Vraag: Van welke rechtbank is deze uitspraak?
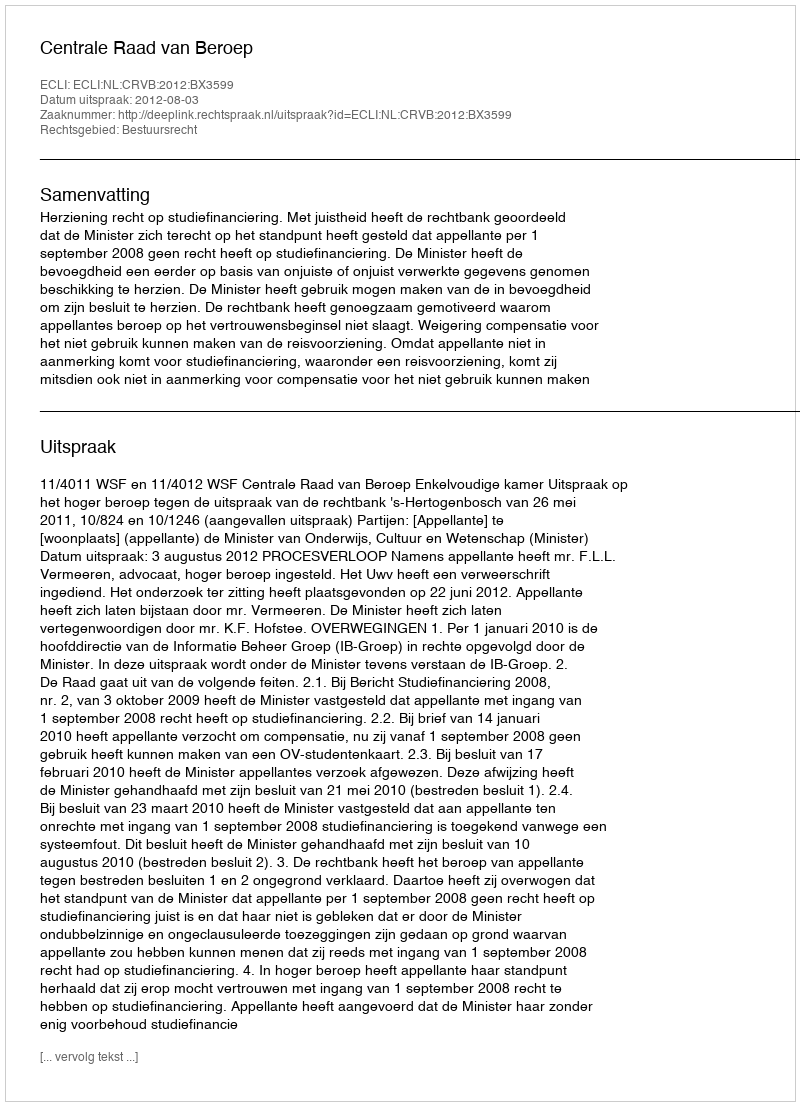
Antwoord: Centrale Raad van Beroep